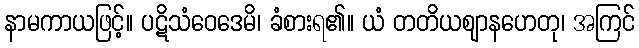
နာမကာယဖြင့်။ ပဋိသံဝေဒေမိ၊ ခံစားရ၏။ ယံ တတိယဈာနဟေတု၊ အကြင်